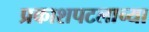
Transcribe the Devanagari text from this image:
प्रकाशपटलाच्या